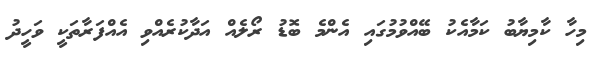
މިހާ ކާމިޔާބު ކަމާއެކު ބޭއްވުމުގައި އެންމެ ބޮޑު ރޯލެއް އަދާކުރެއްވި އެއްފަރާތަކީ ވަހީދު